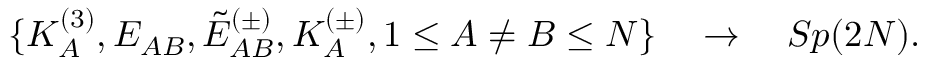
\{ K _ { A } ^ { ( 3 ) } , E _ { A B } , \tilde { E } _ { A B } ^ { ( \pm ) } , K _ { A } ^ { ( \pm ) } , 1 \le A \neq B \le N \} \quad \rightarrow \quad S p ( 2 N ) .